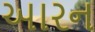
આરન